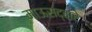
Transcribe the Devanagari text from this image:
माऊसद्वारे